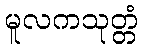
မူလကသုတ္တံ